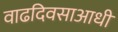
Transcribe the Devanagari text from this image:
वाढदिवसाआधी